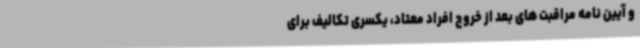
و آیین نامه مراقبت های بعد از خروج افراد معتاد، یکسری تکالیف برای